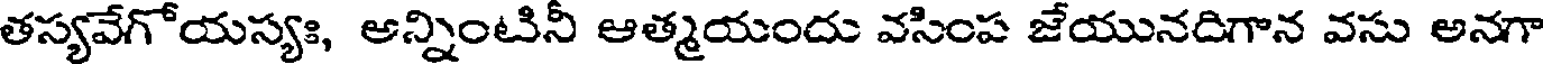
తస్యవేగోయస్యః, అన్నింటినీ ఆత్మయందు వసింప జేయునదిగాన వసు అనగా